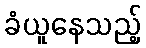
ခံယူနေသည့်